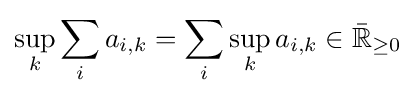
\sup _{k}\sum _{i}a_{i,k}=\sum _{i}\sup _{k}a_{i,k}\in {\bar {\mathbb {R} }}_{\geq 0}